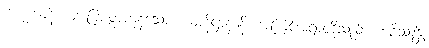
ဗဟုကာနိ၊ များပြားစွာကုန်သော။ ယာနိဋ္ဌာနာနိ၊ အကြင်အရာတို့သည်။ ဘဝိဿန္တိ၊